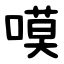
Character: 嗼